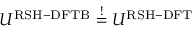
U ^ { \mathrm { R S H - D F T B } } \overset { ! } { = } U ^ { \mathrm { R S H - D F T } }